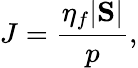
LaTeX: J=\frac{\eta_{f}|\mathrm{\mathbf S}|}{p},